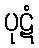
ပုဋံ